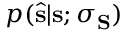
p ( \hat { \mathbf { s } } | \mathbf { s } ; \boldsymbol { \sigma } _ { \mathbf { S } } )